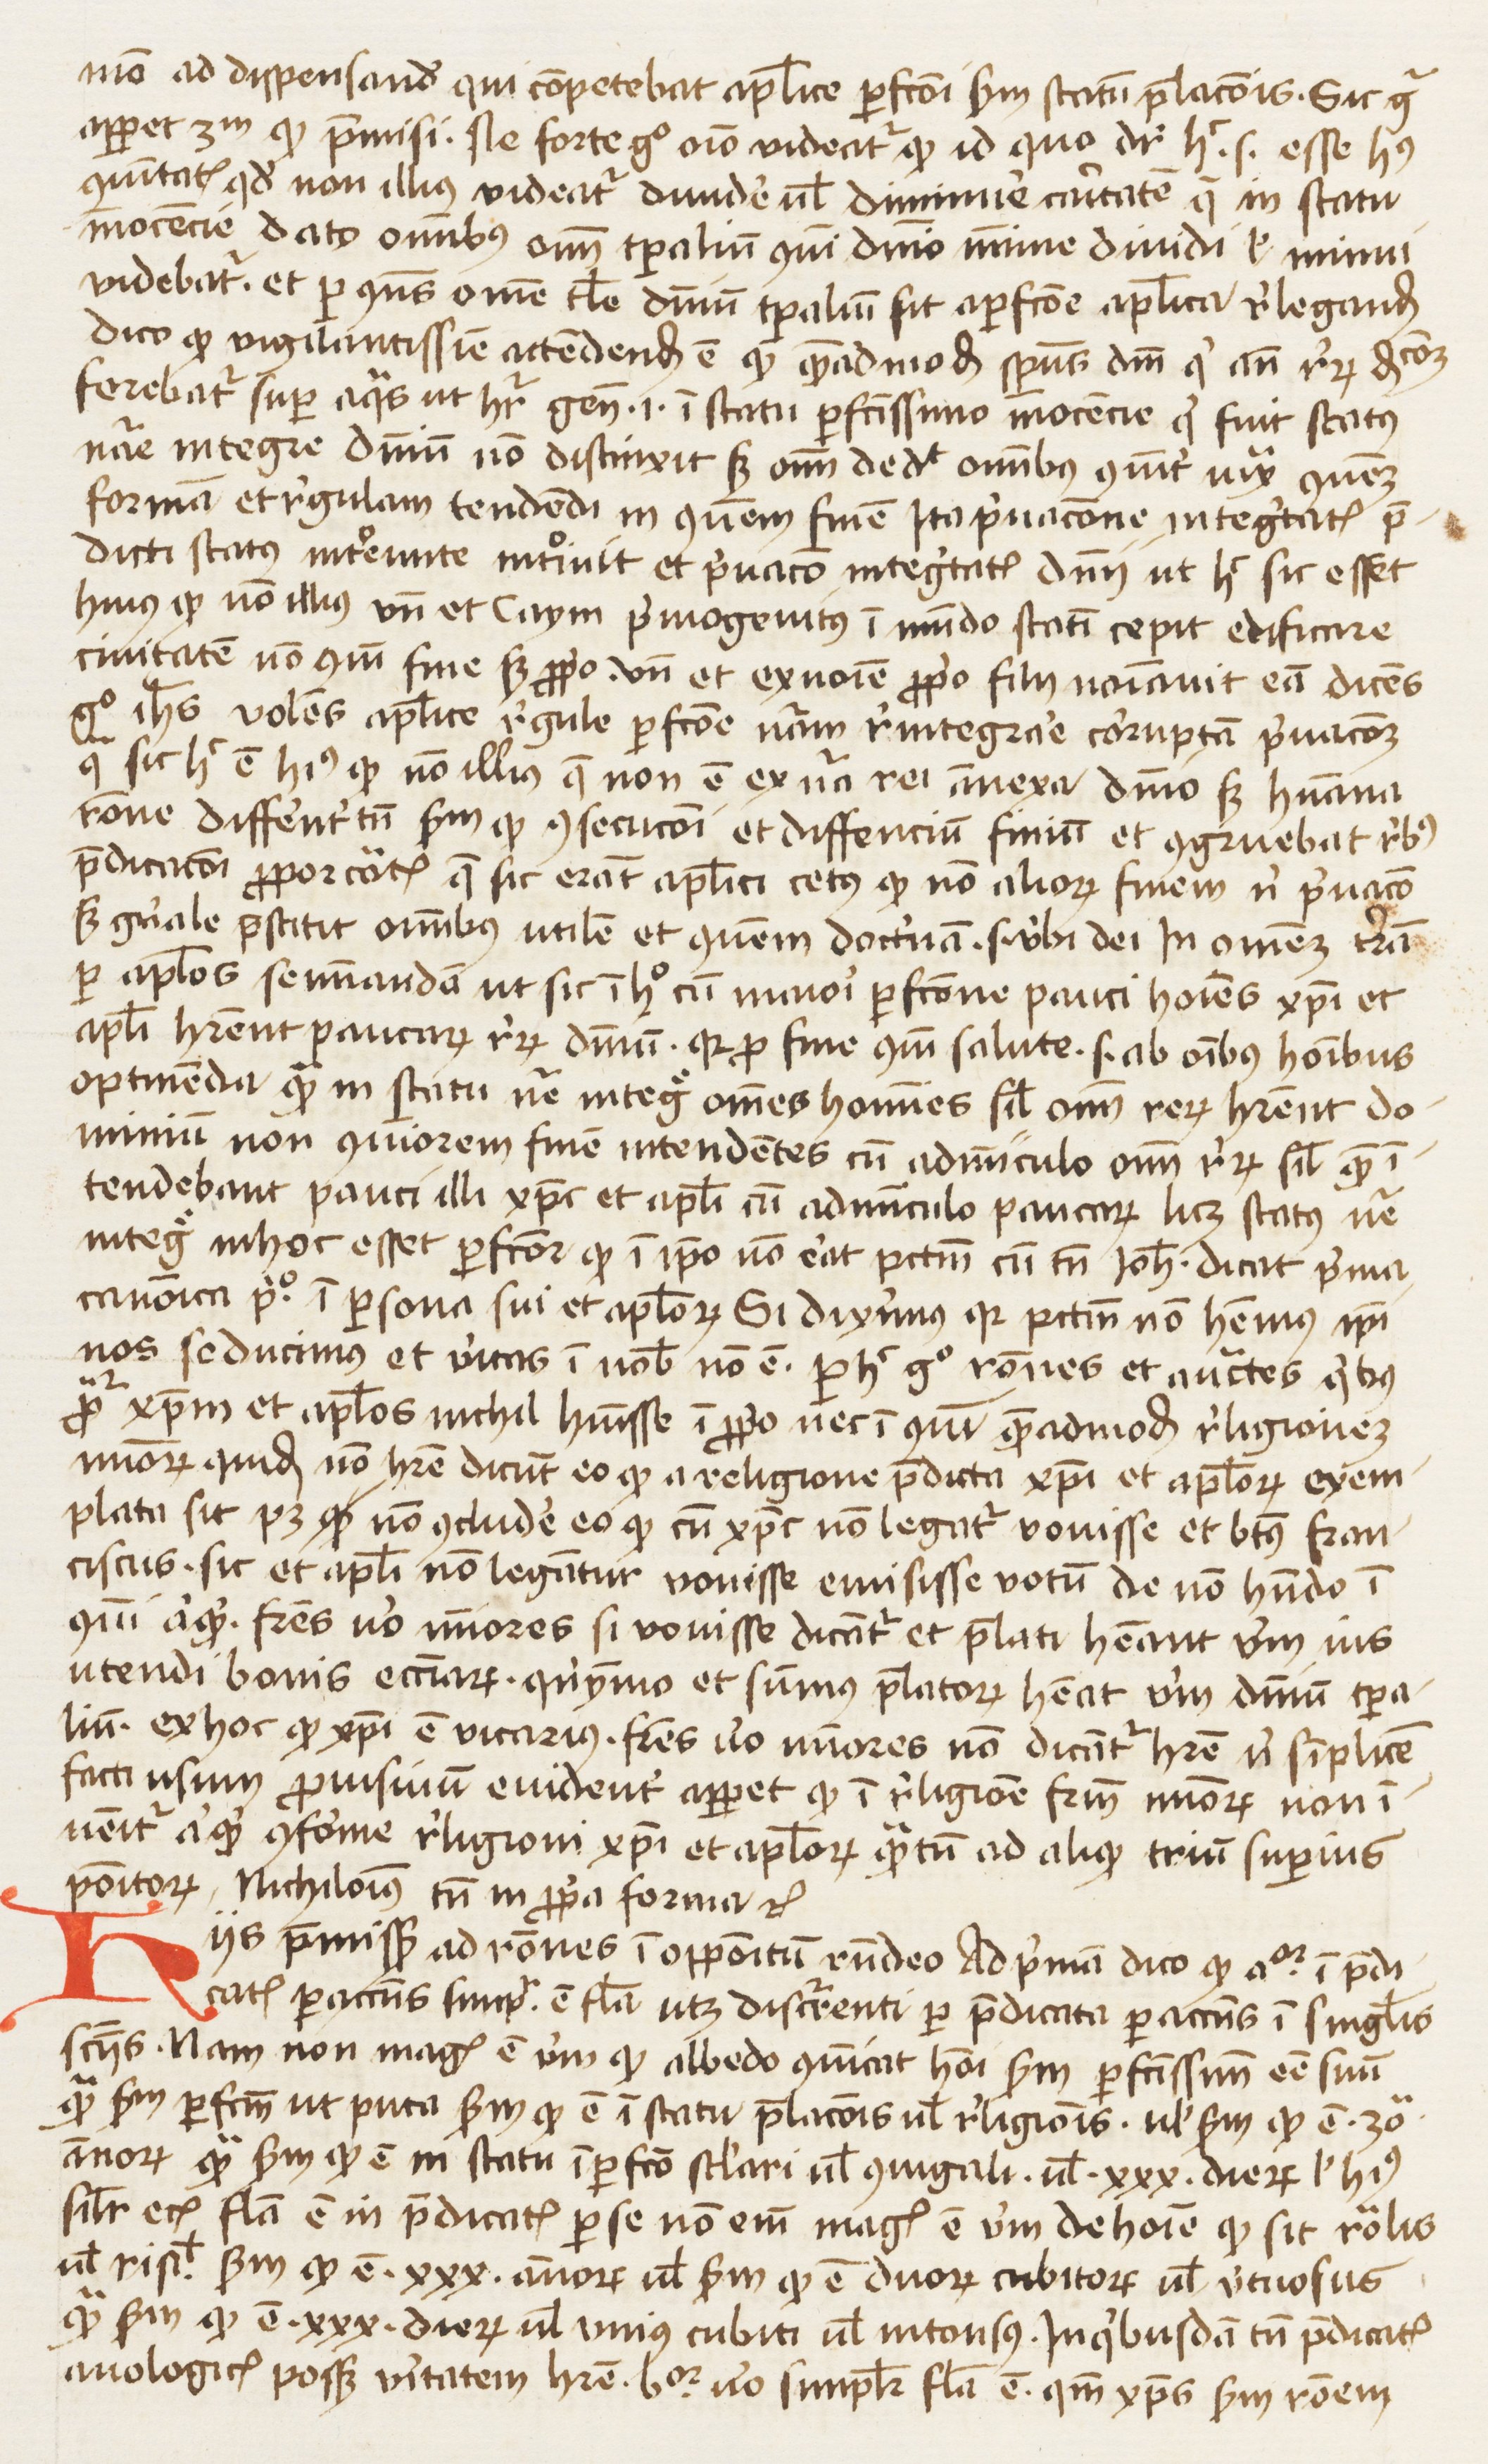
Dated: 1445–1474